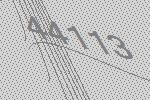
44113